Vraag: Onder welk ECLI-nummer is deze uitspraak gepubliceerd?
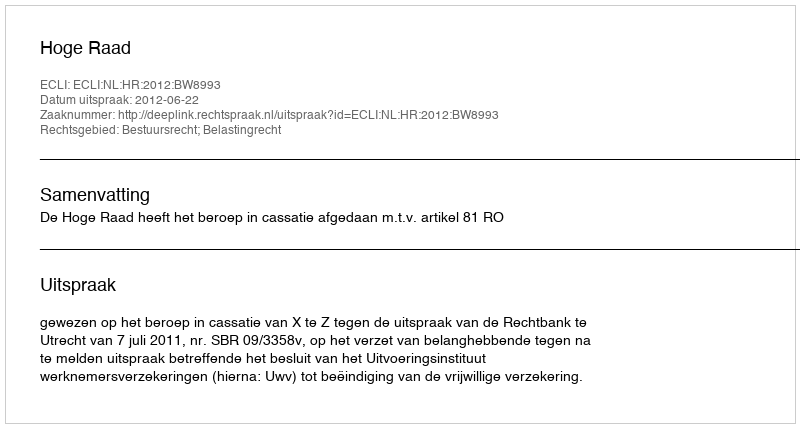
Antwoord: ECLI:NL:HR:2012:BW8993